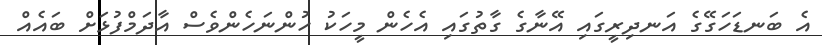
އެ ބަނޑަހަގޭގެ އަނދިރީގައި އޭނާގެ ގާތުގައި އެހެން މީހަކު ހުންނަހެންވެސް އާދަމްފުޅަށް ބައެއް